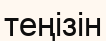
теңізін